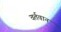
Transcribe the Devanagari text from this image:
वर्तवान